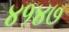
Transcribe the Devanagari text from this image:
४१४७